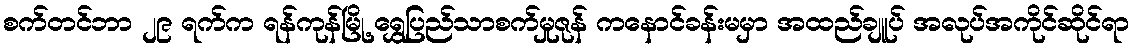
စက်တင်ဘာ ၂၉ ရက်က ရန်ကုန်မြို့ ရွှေပြည်သာစက်မှုဇုန် ကနောင်ခန်းမမှာ အထည်ချူပ် အလုပ်အကိုင်ဆိုင်ရာ